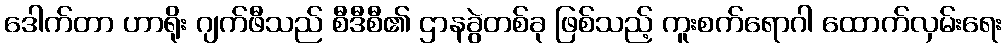
ဒေါက်တာ ဟာရိုး ဂျက်ဖီသည် စီဒီစီ၏ ဌာနခွဲတစ်ခု ဖြစ်သည့် ကူးစက်ရောဂါ ထောက်လှမ်းရေး